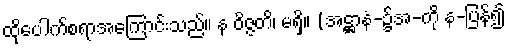
ထိုပေါက်စရာအကြောင်းသည်။ န ဝိဇ္ဇတိ၊ မရှိ။ (အဋ္ဌာနံ-၌အ-ကို န-ပြန်၍